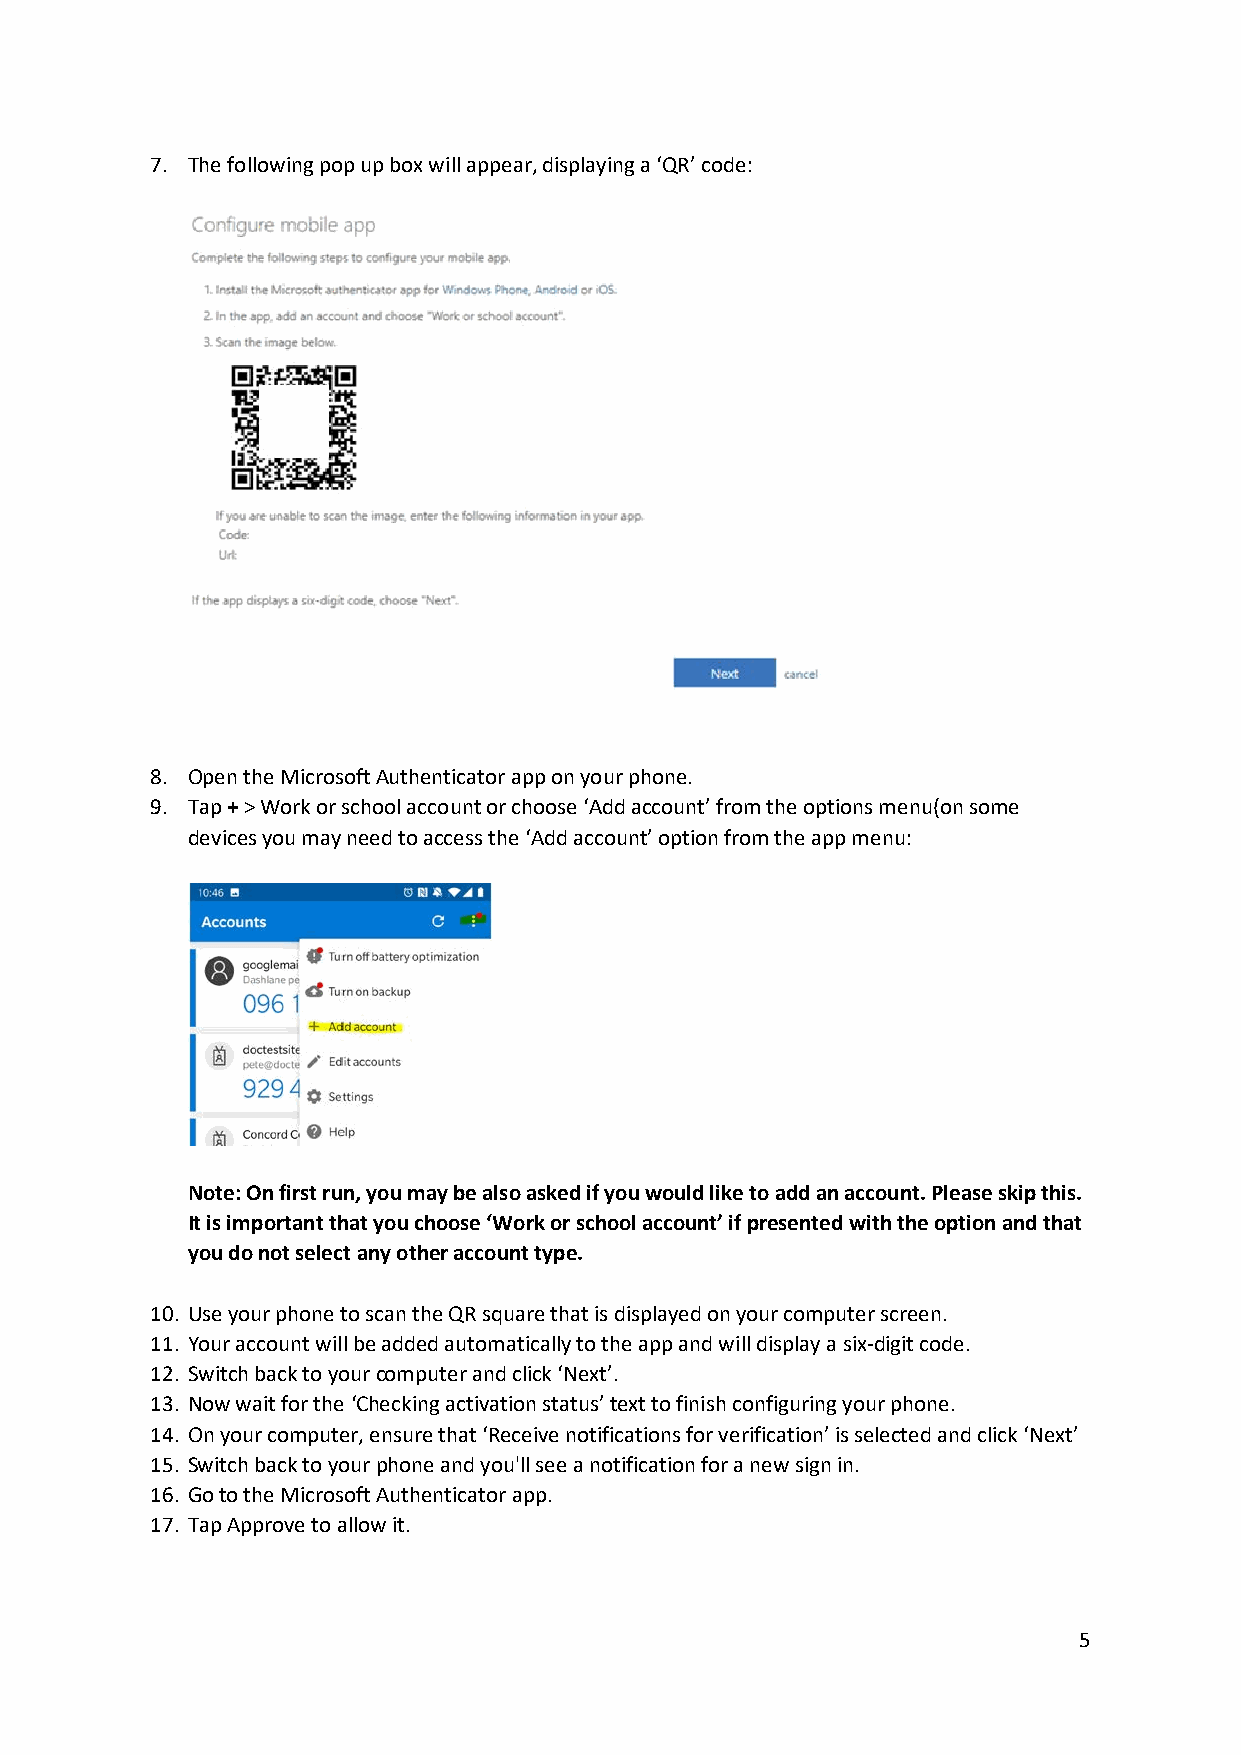
7. The following pop up box will appear, displaying a ‘QR’ code:
 8. Open the Microsoft Authenticator app on your phone.
 9. Tap + > Work or school account or choose ‘Add account’ from the options menu(on some
 devices you may need to access the ‘Add account’ option from the app menu:
 Note: On first run, you may be also asked if you would like to add an account. Please skip this.
 It is important that you choose ‘Work or school account’ if presented with the option and that
 you do not select any other account type.
 10. Use your phone to scan the QR square that is displayed on your computer screen.
 11. Your account will be added automatically to the app and will display a six-digit code.
 12. Switch back to your computer and click ‘Next’.
 13. Now wait for the ‘Checking activation status’ text to finish configuring your phone.
 14. On your computer, ensure that ‘Receive notifications for verification’ is selected and click ‘Next’
 15. Switch back to your phone and you'll see a notification for a new sign in.
 16. Go to the Microsoft Authenticator app.
 17. Tap Approve to allow it.
 5